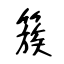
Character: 簇